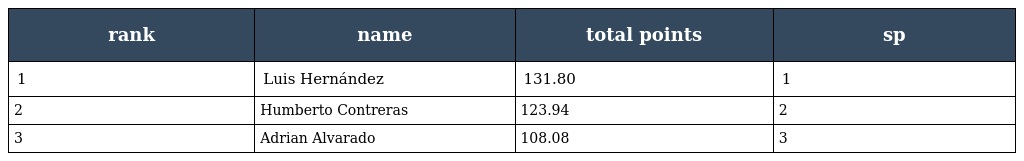
| rank | name | total points | sp |
 | --- | --- | --- | --- |
 | 1 | Luis Hernández | 131.80 | 1 |
 | 2 | Humberto Contreras | 123.94 | 2 |
 | 3 | Adrian Alvarado | 108.08 | 3 |